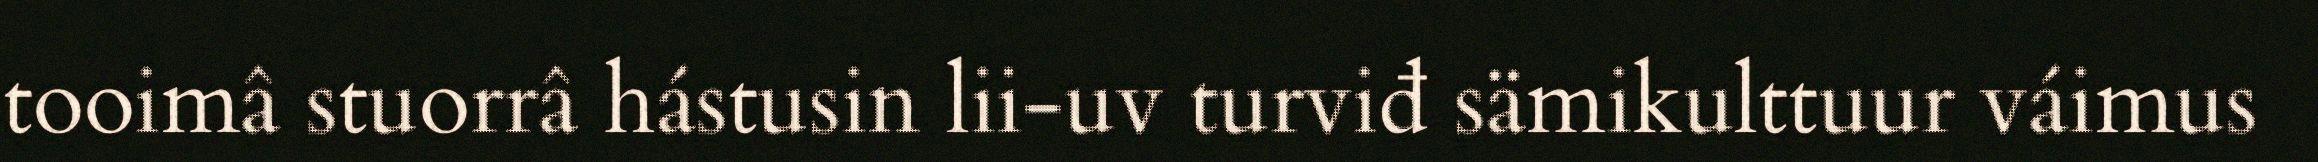
tooimâ stuorrâ hástusin lii-uv turviđ sämikulttuur váimus